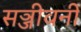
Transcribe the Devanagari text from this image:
सञ्जीवनी